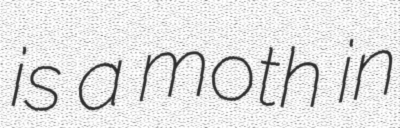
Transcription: is a moth in